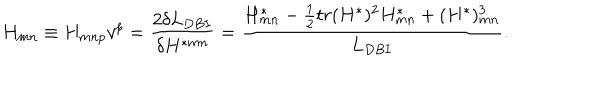
LaTeX: H _ { m n } \equiv H _ { m n p } v ^ { p } = { \frac { 2 \delta L _ { D B I } } { \delta H ^ { * m n } } } = { \frac { H _ { m n } ^ { * } - { \frac { 1 } { 2 } } t r ( H ^ { * } ) ^ { 2 } H _ { m n } ^ { * } + ( H ^ { * } ) _ { m n } ^ { 3 } } { L _ { D B I } } } .